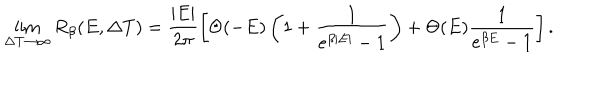
LaTeX: \lim _ { \Delta T \rightarrow \infty } R _ { \beta } ( E , \Delta T ) = \frac { | E | } { 2 \pi } \left[ \Theta ( - E ) \left( 1 + \frac { 1 } { e ^ { \beta | E | } - 1 } \right) + \Theta ( E ) \frac { 1 } { e ^ { \beta E } - 1 } \right] .